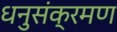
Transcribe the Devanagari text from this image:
धनुसंक्रमण